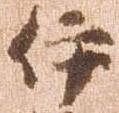
伊